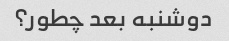
دوشنبه بعد چطور؟